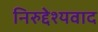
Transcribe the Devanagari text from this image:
निरुद्देश्यवाद